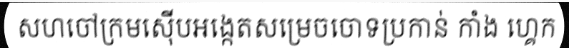
សហចៅក្រមស៊ើបអង្កេតសម្រេចចោទប្រកាន់ កាំង ហ្គេក